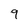
Character: 9